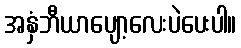
အနှံဘီယာပျော့လေးပဲပေးပါ။